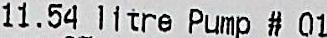
11.54 LITRE PUMP #01